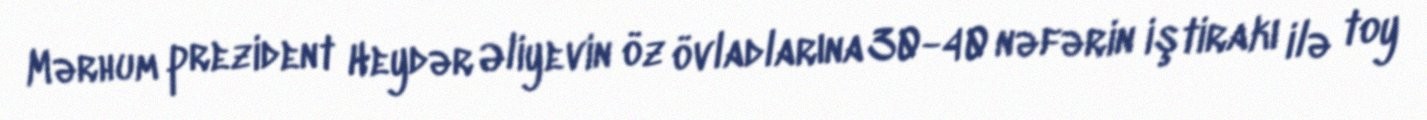
Mərhum prezident Heydər Əliyevin öz övladlarına 30-40 nəfərin iştirakı ilə toy